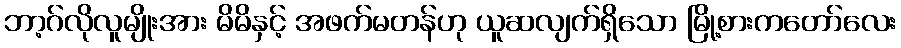
ဘာ့ဂ်လိုလူမျိုးအား မိမိနှင့် အဖက်မတန်ဟု ယူဆလျက်ရှိသော မြို့စားကတော်လေး